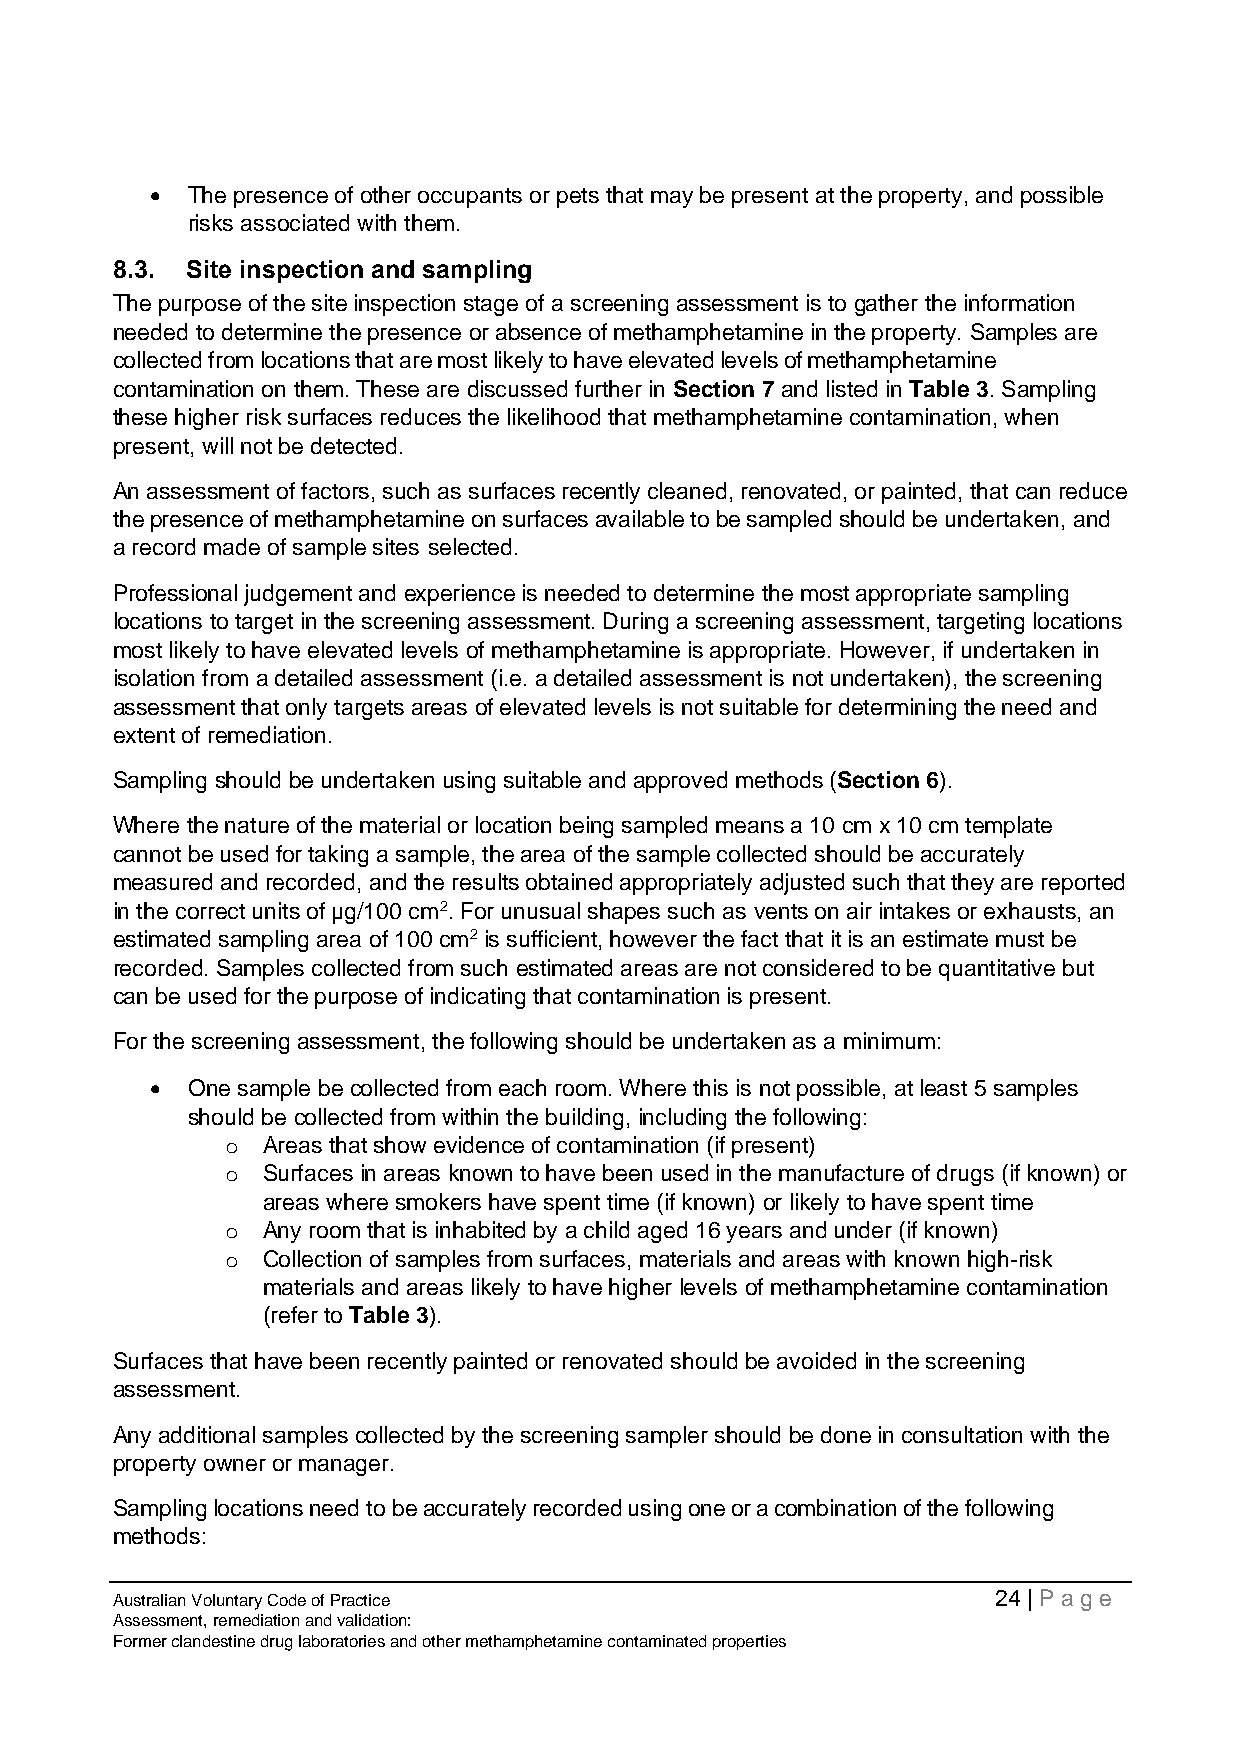
• The presence of other occupants or pets that may be present at the property, and possible
 risks associated with them.
 8.3. Site inspection and sampling
 The purpose of the site inspection stage of a screening assessment is to gather the information
 needed to determine the presence or absence of methamphetamine in the property. Samples are
 collected from locations that are most likely to have elevated levels of methamphetamine
 contamination on them. These are discussed further in Section 7 and listed in Table 3. Sampling
 these higher risk surfaces reduces the likelihood that methamphetamine contamination, when
 present, will not be detected.
 An assessment of factors, such as surfaces recently cleaned, renovated, or painted, that can reduce
 the presence of methamphetamine on surfaces available to be sampled should be undertaken, and
 a record made of sample sites selected.
 Professional judgement and experience is needed to determine the most appropriate sampling
 locations to target in the screening assessment. During a screening assessment, targeting locations
 most likely to have elevated levels of methamphetamine is appropriate. However, if undertaken in
 isolation from a detailed assessment (i.e. a detailed assessment is not undertaken), the screening
 assessment that only targets areas of elevated levels is not suitable for determining the need and
 extent of remediation.
 Sampling should be undertaken using suitable and approved methods (Section 6).
 Where the nature of the material or location being sampled means a 10 cm x 10 cm template
 cannot be used for taking a sample, the area of the sample collected should be accurately
 measured and recorded, and the results obtained appropriately adjusted such that they are reported
 in the correct units of µg/100 cm2. For unusual shapes such as vents on air intakes or exhausts, an
 estimated sampling area of 100 cm2 is sufficient, however the fact that it is an estimate must be
 recorded. Samples collected from such estimated areas are not considered to be quantitative but
 can be used for the purpose of indicating that contamination is present.
 For the screening assessment, the following should be undertaken as a minimum:
 • One sample be collected from each room. Where this is not possible, at least 5 samples
 should be collected from within the building, including the following:
 o Areas that show evidence of contamination (if present)
 o Surfaces in areas known to have been used in the manufacture of drugs (if known) or
 areas where smokers have spent time (if known) or likely to have spent time
 o Any room that is inhabited by a child aged 16 years and under (if known)
 o Collection of samples from surfaces, materials and areas with known high-risk
 materials and areas likely to have higher levels of methamphetamine contamination
 (refer to Table 3).
 Surfaces that have been recently painted or renovated should be avoided in the screening
 assessment.
 Any additional samples collected by the screening sampler should be done in consultation with the
 property owner or manager.
 Sampling locations need to be accurately recorded using one or a combination of the following
 methods:
 Australian Voluntary Code of Practice                      24 | Page
 Assessment, remediation and validation:
 Former clandestine drug laboratories and other methamphetamine contaminated properties